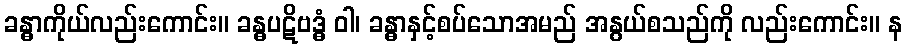
ခန္ဓာကိုယ်လည်းကောင်း။ ခန္ဓပဋိဗဒ္ဓံ ဝါ၊ ခန္ဓာနှင့်စပ်သောအမည် အနွယ်စသည်ကို လည်းကောင်း။ န